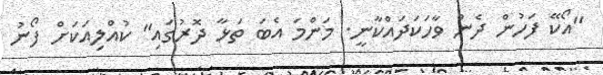
"އޯކޭ ފަހުން ދެން ވާހަކަދައްކާނީ. މަންމަ އެބަ ތަޅާ ދޮރުގައި" ކުއްލިއަކަށް ފޯނު